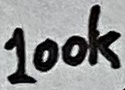
Text: 100k